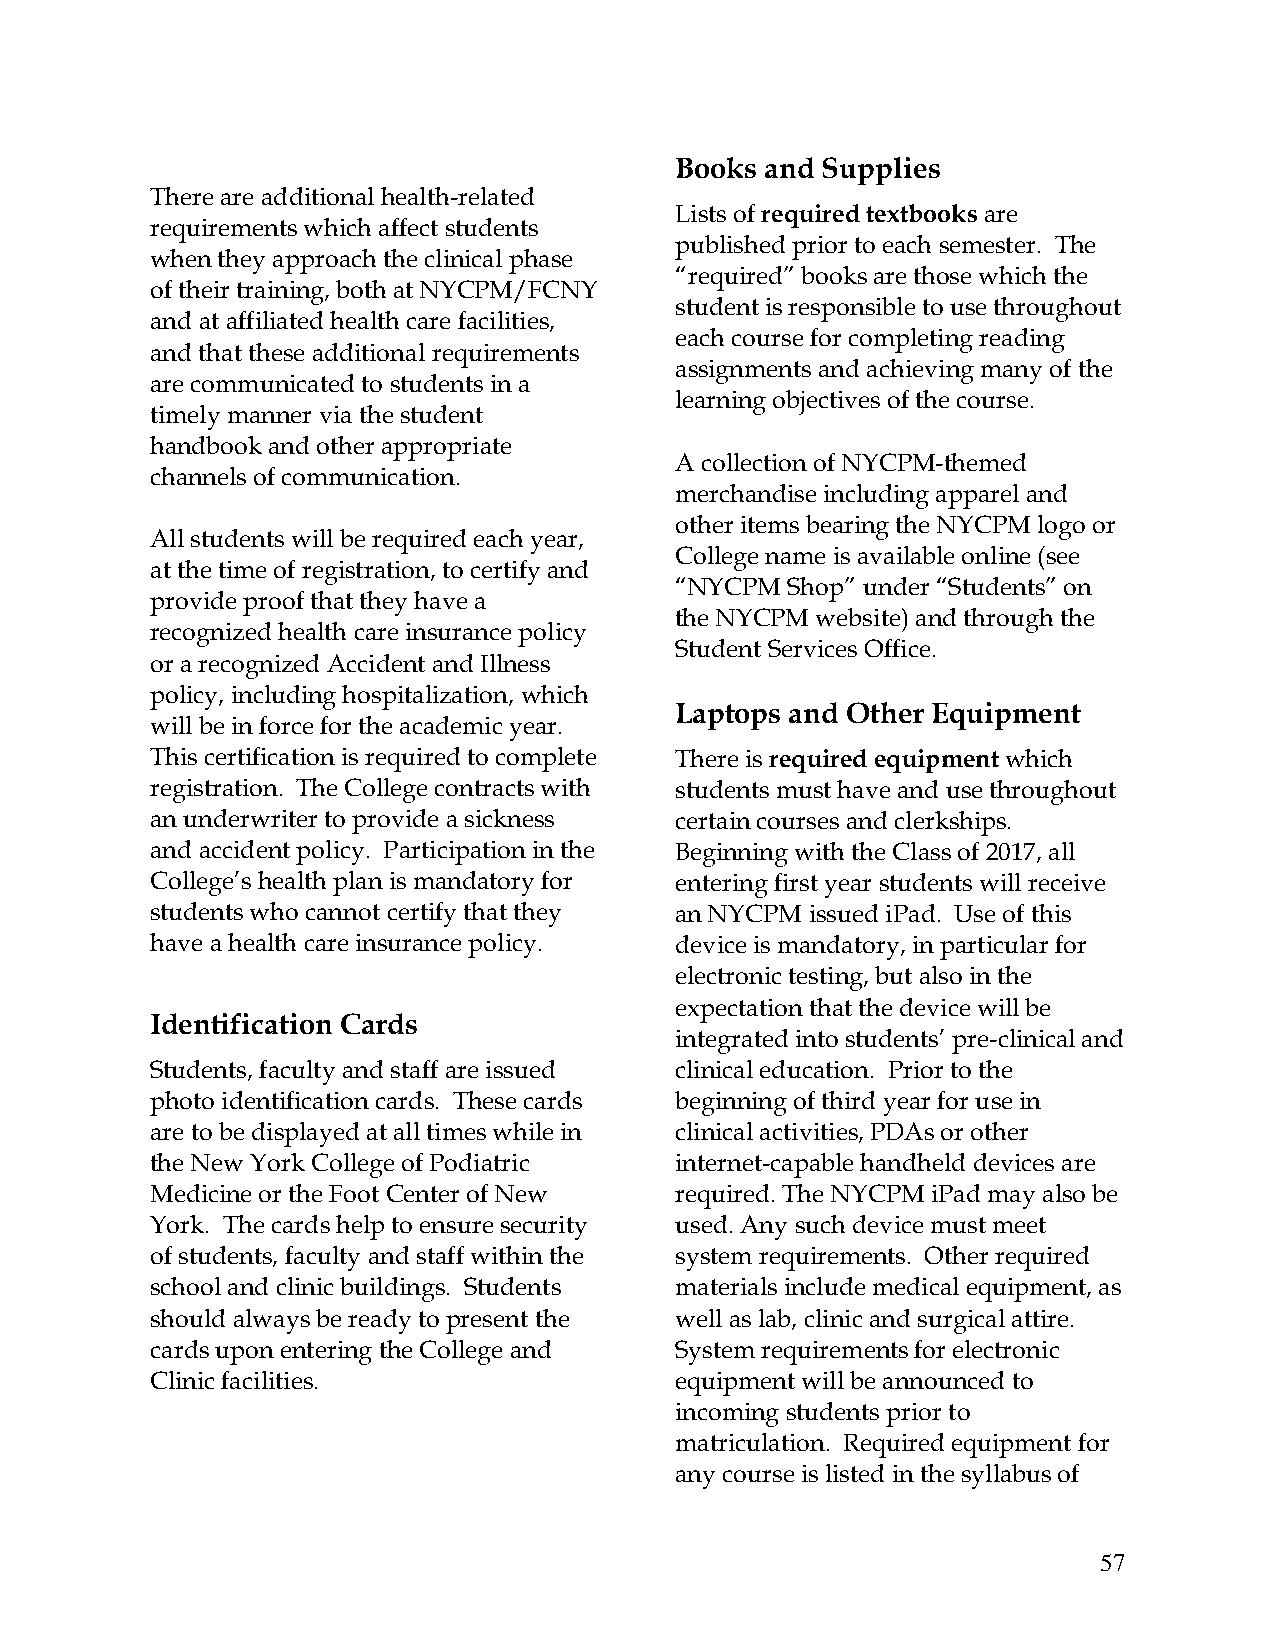
Books and Supplies
 There are additional health-related
 Lists of required textbooks are
 requirements which affect students
 published prior to each semester. The
 when they approach the clinical phase
 “required” books are those which the
 of their training, both at NYCPM/FCNY
 student is responsible to use throughout
 and at affiliated health care facilities,
 each course for completing reading
 and that these additional requirements
 assignments and achieving many of the
 are communicated to students in a
 learning objectives of the course.
 timely manner via the student
 handbook and other appropriate
 A collection of NYCPM-themed
 channels of communication.
 merchandise including apparel and
 other items bearing the NYCPM logo or
 All students will be required each year,
 College name is available online (see
 at the time of registration, to certify and
 “NYCPM Shop” under “Students” on
 provide proof that they have a
 the NYCPM website) and through the
 recognized health care insurance policy
 Student Services Office.
 or a recognized Accident and Illness
 policy, including hospitalization, which
 Laptops and Other Equipment
 will be in force for the academic year.
 This certification is required to complete There is required equipment which
 registration. The College contracts with students must have and use throughout
 an underwriter to provide a sickness certain courses and clerkships.
 and accident policy. Participation in the Beginning with the Class of 2017, all
 College’s health plan is mandatory for entering first year students will receive
 students who cannot certify that they an NYCPM issued iPad. Use of this
 have a health care insurance policy. device is mandatory, in particular for
 electronic testing, but also in the
 expectation that the device will be
 Identification Cards
 integrated into students’ pre-clinical and
 Students, faculty and staff are issued clinical education. Prior to the
 photo identification cards. These cards beginning of third year for use in
 are to be displayed at all times while in clinical activities, PDAs or other
 the New York College of Podiatric  internet-capable handheld devices are
 Medicine or the Foot Center of New required. The NYCPM iPad may also be
 York. The cards help to ensure security used. Any such device must meet
 of students, faculty and staff within the system requirements. Other required
 school and clinic buildings. Students materials include medical equipment, as
 should always be ready to present the well as lab, clinic and surgical attire.
 cards upon entering the College and System requirements for electronic
 Clinic facilities.                 equipment will be announced to
 incoming students prior to
 matriculation. Required equipment for
 any course is listed in the syllabus of
 57